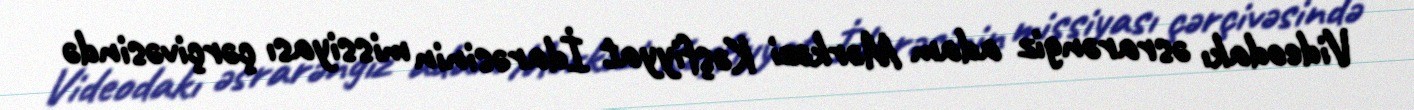
Videodakı əsrarəngiz adam Mərkəzi Kəşfiyyat İdarəsinin missiyası çərçivəsində